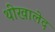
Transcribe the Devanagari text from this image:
थीखालेद